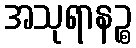
အသုရာနဉ္စ